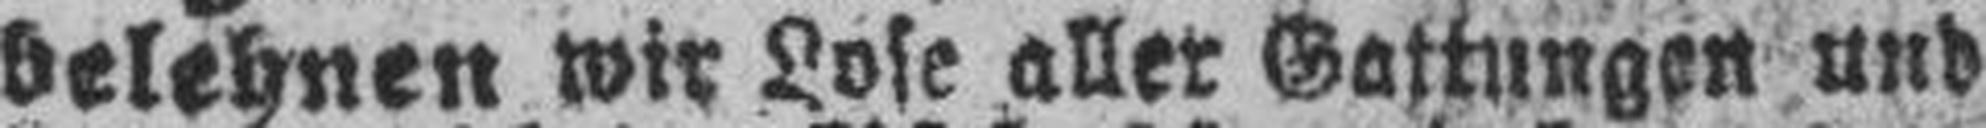
belehnen wir Lose aller Gattungen und